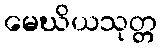
မေဃိယသုတ္တ